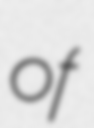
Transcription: of